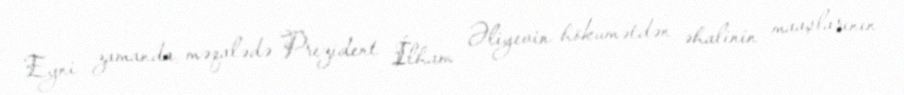
Eyni zamanda, məqalədə Prezident İlham Əliyevin hökumətdən əhalinin maaşlarının